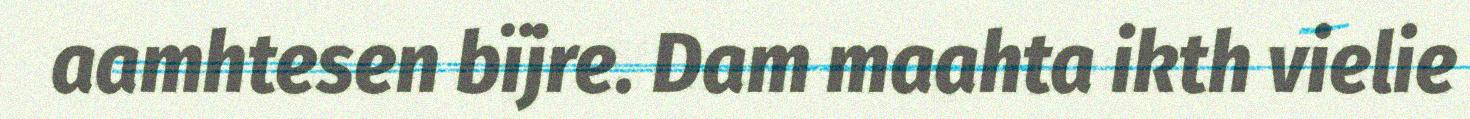
aamhtesen bïjre. Dam maahta ikth vielie